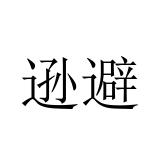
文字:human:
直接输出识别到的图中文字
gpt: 逊避